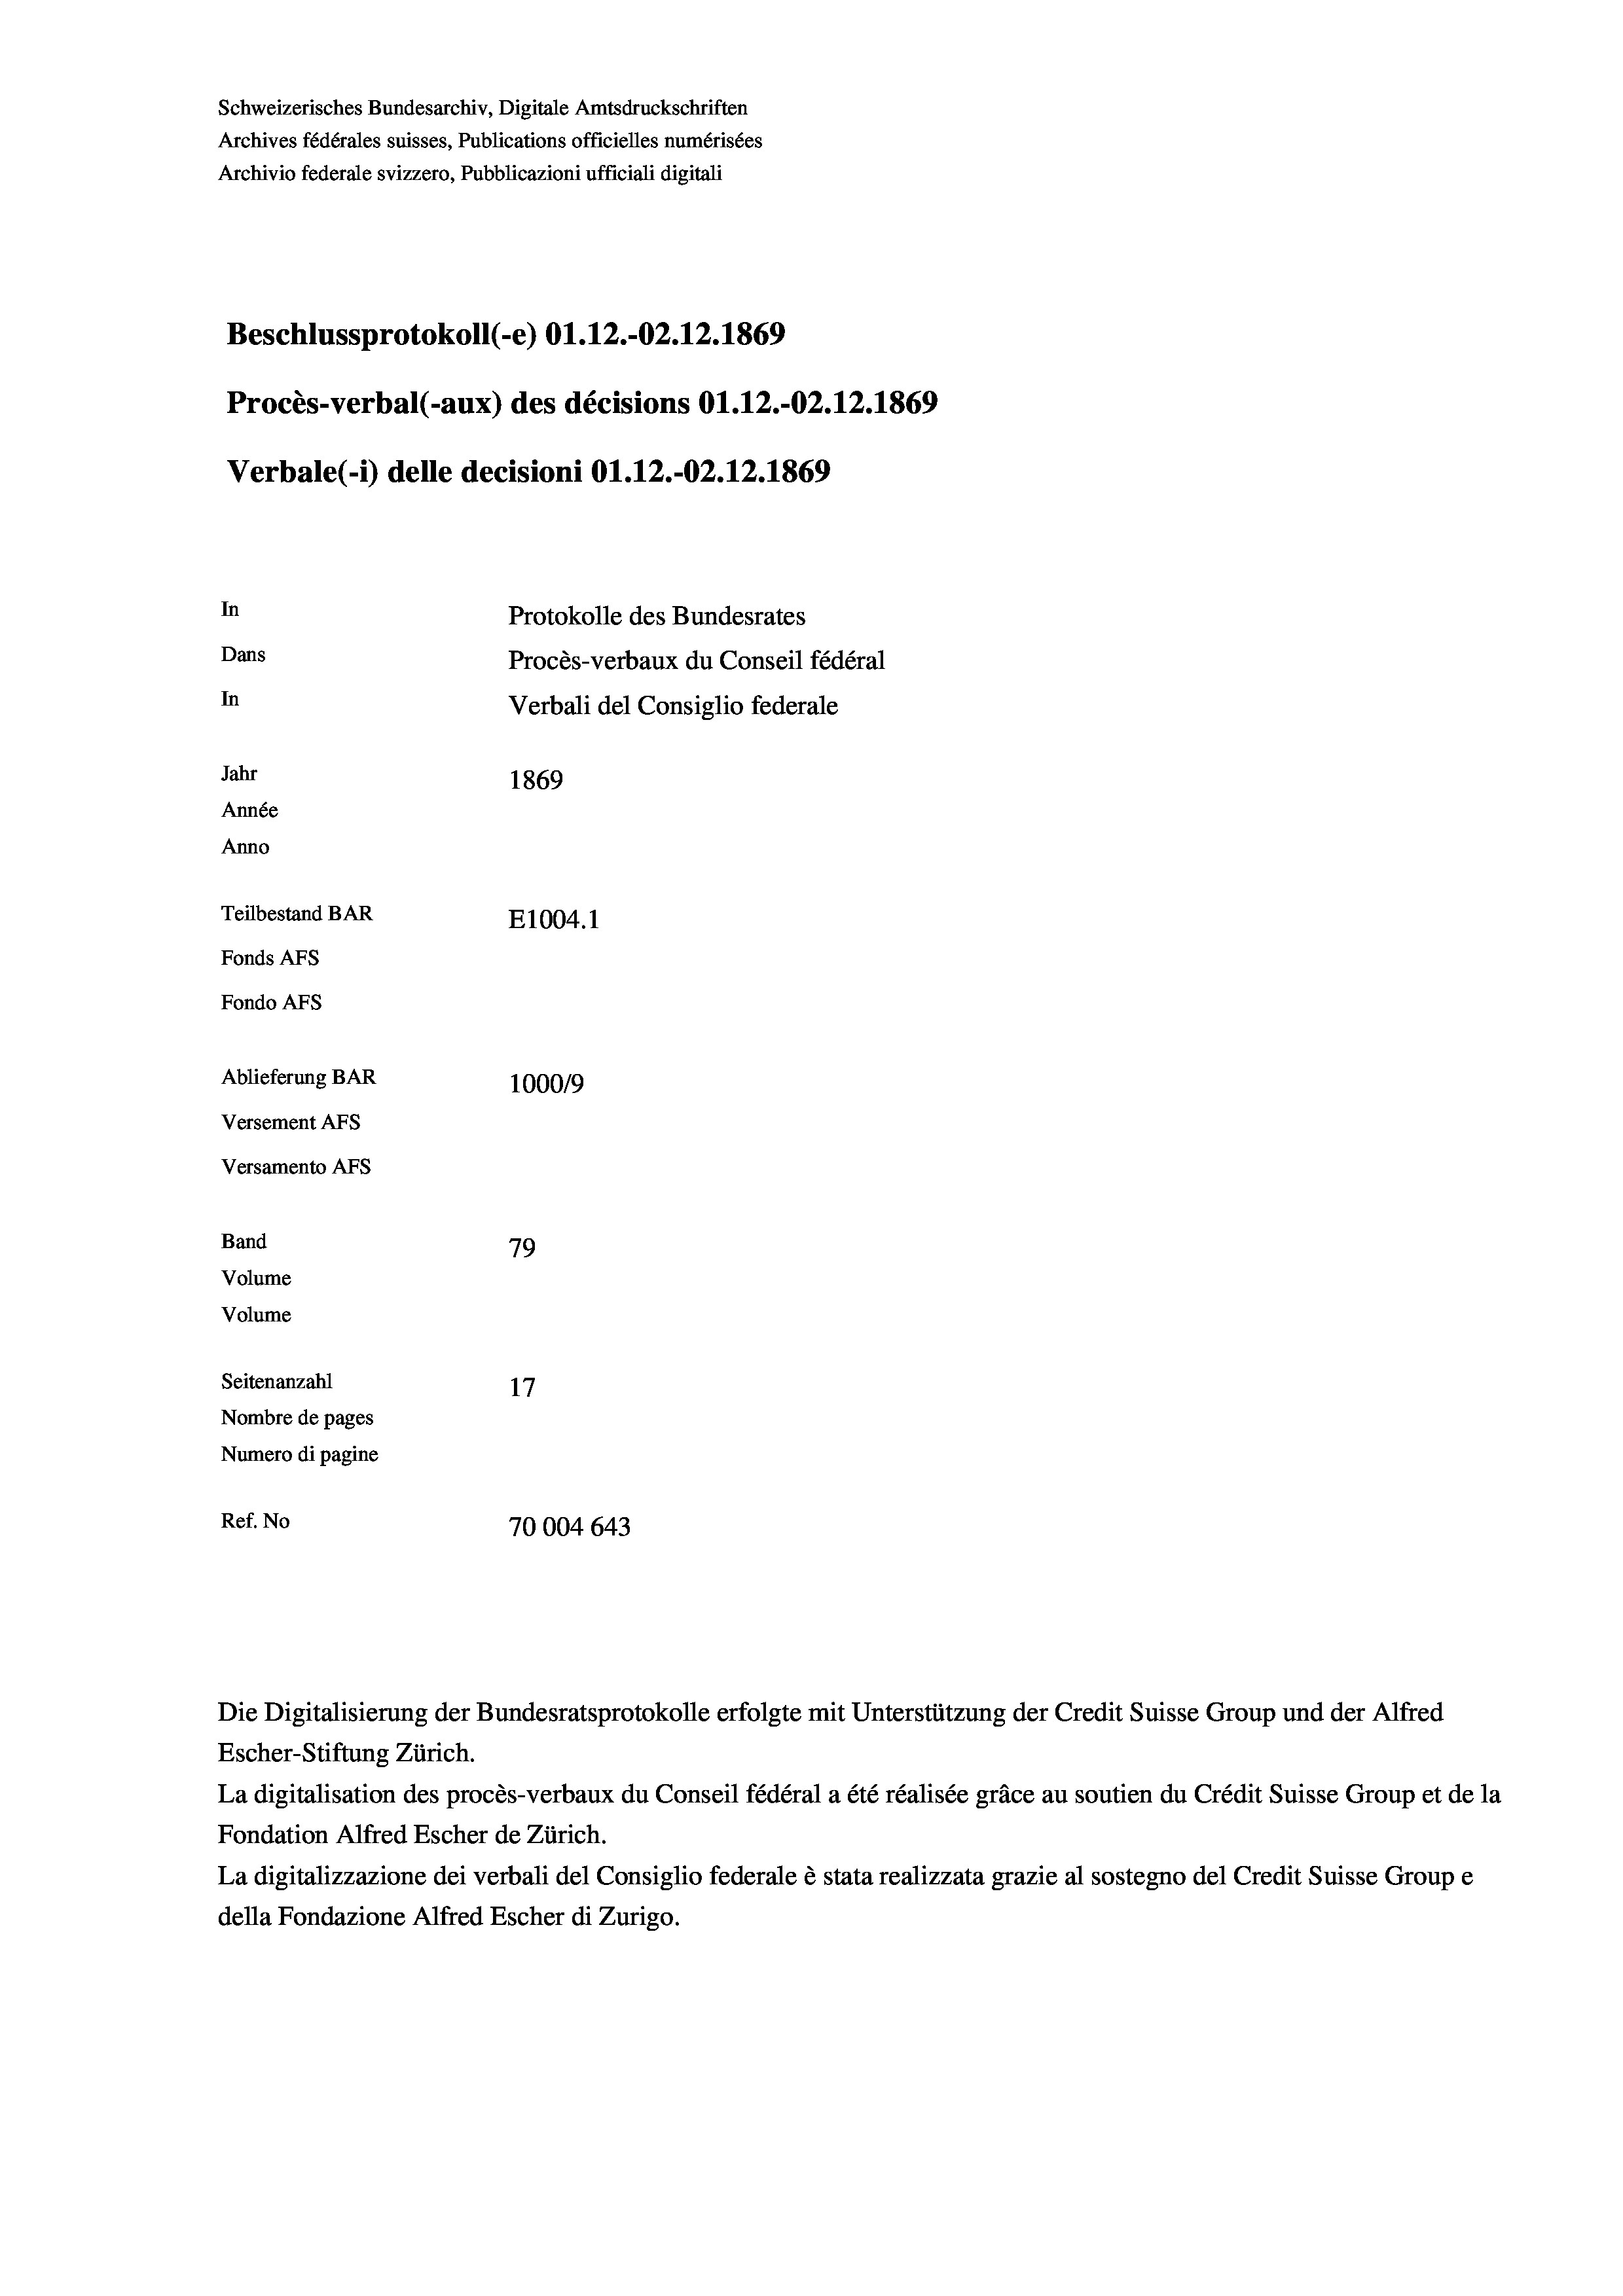
Schweizerisches Bundesarchiv, Digitale Amtsdruckschriften
Archives fédérales suisses, Publications officielles numérisées
Archivio federale svizzero, Pubblicazioni ufficiali digitali
Beschlussprotokoll (-e) 01.12.-02. 12. 1869
Procès-verbal (-aux) des décisions O1.12.-O2.12.1869
Verbale(-*) delle decisioni O1.12.-02.12.1869
In
Protokolle des Bundesrates
Dans
Procès-verbaux du Conseil fédéral
In
Verbali del Consiglio federale
Jahr
1869
Année
Anno
Teilbestand BAR
E1004. 1
Fonds AFs
Fondo AFs
Ablieferung BAR
1000/9
Versement As
Versamento AFs
Band
79
Volume
Volume
Seitenanzahl
17

Nombre de pages
Numero di pagine
Ref. No
70004643

Escher-Stiftung Zürich.
La digitalisation des procès-verbaux du Conseil fédéral a été réalisée gräce au soutien du Crédit Suisse Group et de la
Fondation Alfred Escher de Zürich.
La digitalizzazione dei verbali del Consiglio federale è stata realizzata grazie al sostegno del Credit Suisse Groupe
della Fondazione Alfred Escher di Zurigo.

Die Digitalisierung der Bundesratsprotokolle erfolgte mit Unterstützung der Credit Suisse Group und der Alfred